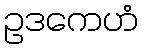
ဥဒကေဟံ